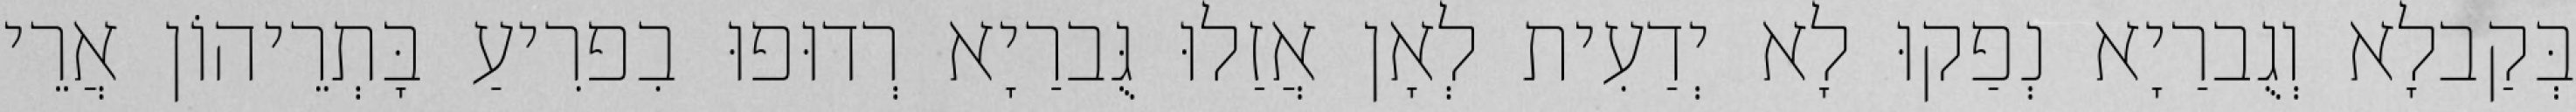
בְּקַבלָא וְגֻברַיָא נְפַקוּ לָא יְדַעִית לְאָן אֲזַלוּ גֻּברַיָא רְדוּפוּ בִפרִיעַ בָּתְרֵיהוֹן אֲרֵי